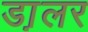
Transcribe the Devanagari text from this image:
डा़लर